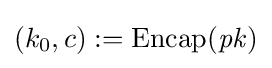
(k_{0},c):=\operatorname {Encap} ({\mathit {pk}})